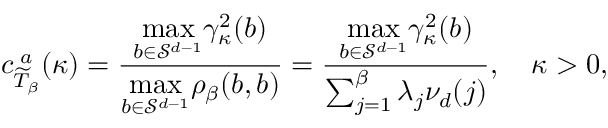
c _ { \widetilde { T } _ { \beta } } ^ { \; a } ( \kappa ) = \frac { \underset { b \in \mathcal { S } ^ { d - 1 } } { \operatorname* { m a x } } \gamma _ { \kappa } ^ { 2 } ( b ) } { \underset { b \in \mathcal { S } ^ { d - 1 } } { \operatorname* { m a x } } \rho _ { \beta } ( b , b ) } = \frac { \underset { b \in \mathcal { S } ^ { d - 1 } } { \operatorname* { m a x } } \gamma _ { \kappa } ^ { 2 } ( b ) } { \sum _ { j = 1 } ^ { \beta } \lambda _ { j } \nu _ { d } ( j ) } , \quad \kappa > 0 ,